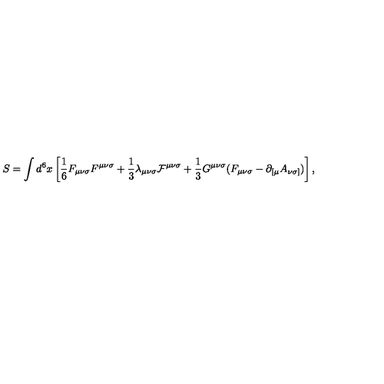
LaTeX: S = \int d ^ { 6 } x \left[ { \frac 1 6 } F _ { { \mu } { \nu } { \sigma } } F ^ { { \mu } { \nu } { \sigma } } + { \frac 1 3 } { \lambda } _ { { \mu } { \nu } { \sigma } } { \cal F } ^ { { \mu } { \nu } { \sigma } } + { \frac 1 3 } G ^ { { \mu } { \nu } { \sigma } } ( F _ { { \mu } { \nu } { \sigma } } - { \partial } _ { [ { \mu } } A _ { { \nu } { \sigma } ] } ) \right] ,